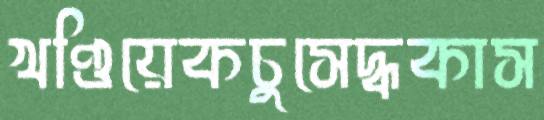
খণ্ডিয়েকচুসেদ্ধকাস